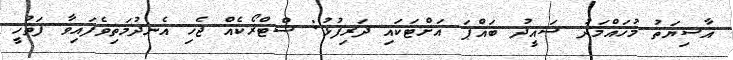
އާސިޔަތު މުހައްމަދު ސައީދު ބައްޕަ އަށްޓަކައި ދަރިފުޅު: ސްޓްރޯކެއް ޖެހި އެނދުމަތިވެފައިވާ ފަތުހީ